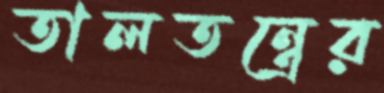
তালতন্ত্রের